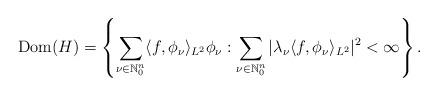
LaTeX: \begin{align*}\textnormal{Dom}(H)=\left\{\sum_{\nu\in\mathbb{N}_0^n}\langle f,\phi_\nu \rangle_{L^2}\phi_\nu: \sum_{\nu\in\mathbb{N}_0^n}|\lambda_\nu\langle f,\phi_\nu \rangle_{L^2}|^2 <\infty \right\}. \end{align*}